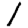
Digit: 1